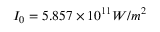
I _ { 0 } = 5 . 8 5 7 \times 1 0 ^ { 1 1 } W / m ^ { 2 }